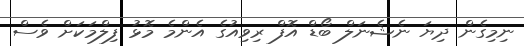
ނިމިގެން ދިޔަ ނެޝެނަލް ބޯޑް އޮފް ރިވިއުގެ އެންމެ މޮޅު ފިލްމަކަށް ވެސް